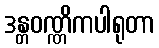
ဒန္တဝဏ္ဏိကပါရုတာ